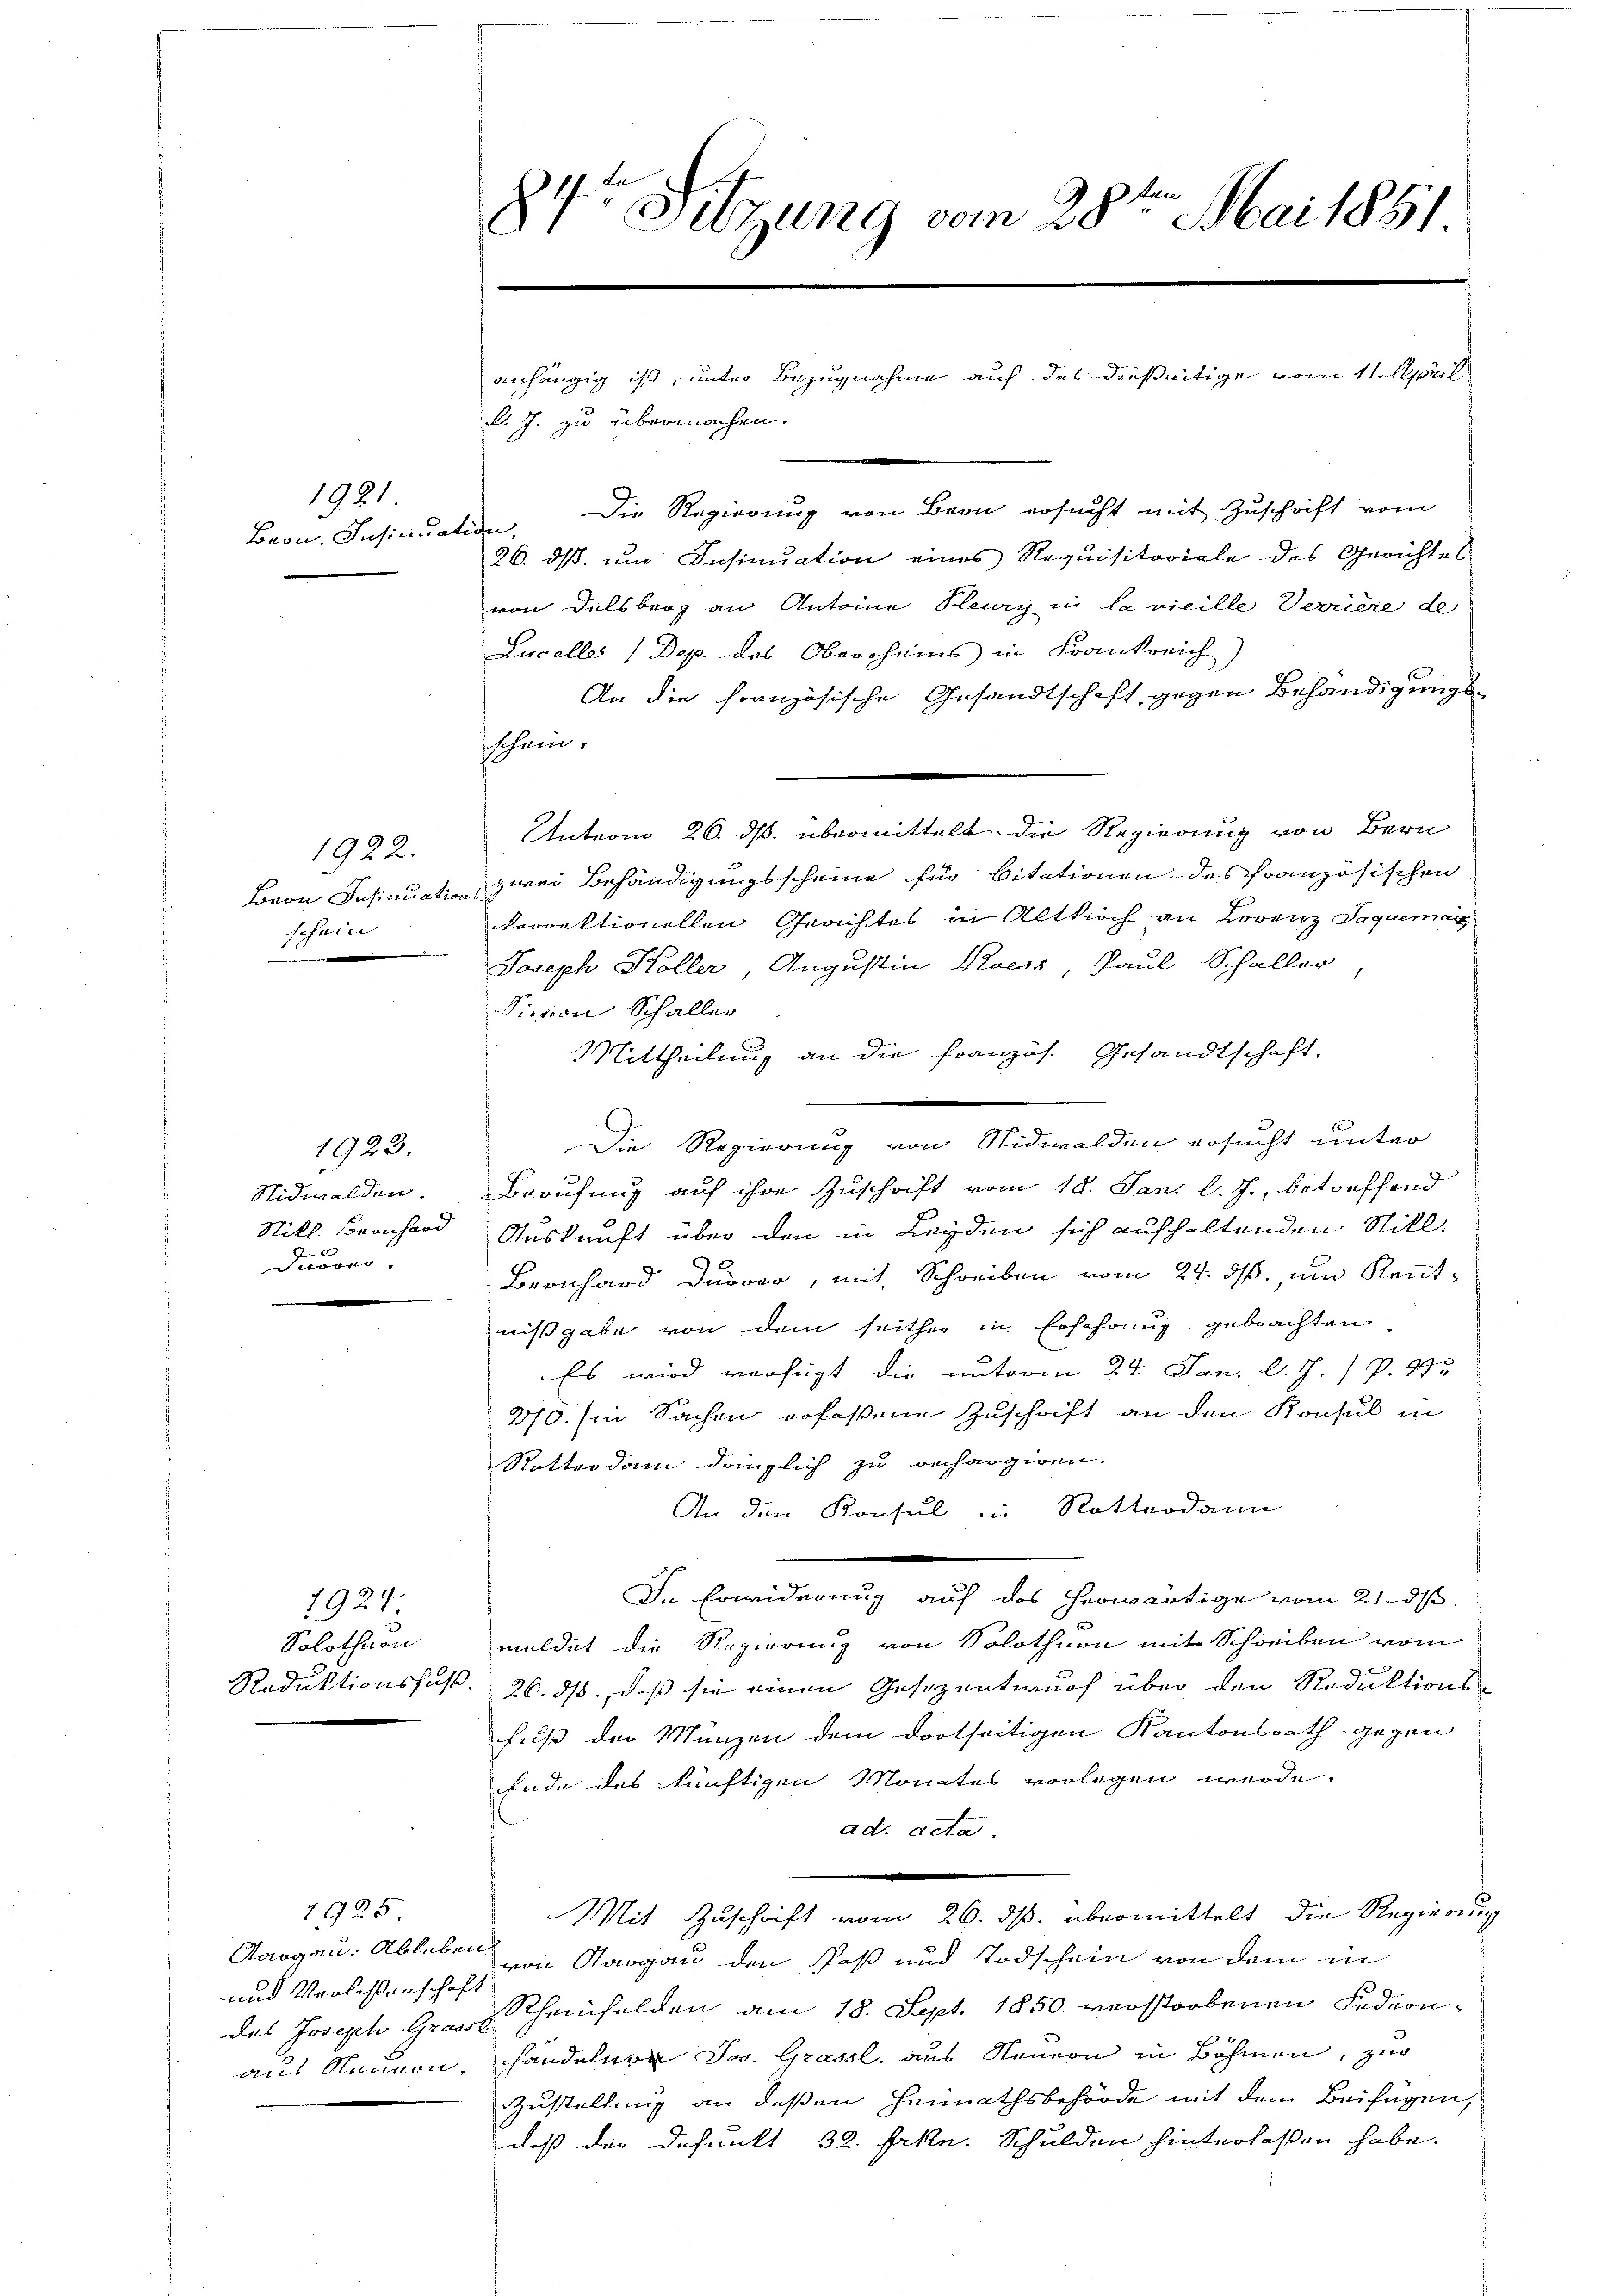
1921.
Baon. Insinua

1922.
schein
 29.

1923.
Nidwalden.
Nill. Coronhard
Ducoro.

1924.
Solothurn

7925.
Aargau. Ableben
und Verlassenschaft

84r Sitzung vom 28ten Mai 1881

l. J. zu übermachen.
Die Regierung von Bern ersucht mit Zuschrift vom
lin,
26. ds. um Insinuation eines Requisitoriale des Gerichtes
von Delsberg an Antoine Plery in Lavicille Verriere de
Lucelle (Dep. des Oberrheins in Frankreich
An die französische Gesandtschaft, gegen Behändigungs-
schein.
Anterm 26. ds. übermittelt die Regierung von Bern
Bovon Insinuation zwei Behändigungsscheine für Citationen des französischen
korrektionellen Gerichtes in Altkirch an Lorenz Sequeman
Joseph Koller, Augustin Klaess, Paul Schaller
Sievon Schaller
Mittheilung an die Französ. Gesandtschaft,
Berufung auf ihre Zuschrift vom 18. Jan. l. J., betreffend
Auskunft über den in Leyden sich aufhaltenden Still.
Bernhard Dürrer, mit Schreiben vom 24. ds. um Kenntnißgabe von dem seither in Erfahrung gebrachten
Es wird verfügt die unterm 24. Jan. l. J. P. 275
270. in Sachen erfaßene Zuschrift an den Konsul in
Rotterdam dänglich zu rechargiren.
An den Konsul in Rotterdann
In Erwiderung auf das herwärtige vom 21. ds.
meldet die Regierung von Solothuon mit Schreiben vom
Reduktionsfuss. 26. ds., daß sie einen Gesezentwurf über den Reduktionsfuß der Münzen dem dortseitigen Kantonsrath gegen
Ende des künftigen Monates vorlegen werde.
ad acta.
Mit Zuschrift vom 26. ds. übermittelt die Regierung
von Sargau den Paß und Todschein von dem in
des Joseph Graus Rheinfelden am 18. Sept. 1850. verstorbenen Fedeonaus Neuern, Handelnen Jos. Grasse, aus Steuern in Böhmen, zur
Zustellung an deßen Heimathsbehörde mit dem Beifügen,
daß der defunkt 32. Frkn. Schulden hinterlaßen habe.

anhängig ist, unter Bezugnahme auf das dießeitige vom 11. April

Die Regierung von Nidwalden ersucht unter